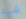
شيء